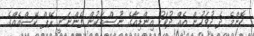
ކޮންމެ ދެ ދުވަހުން އެއް ދުވަހު އިންޑިއާގެ ނޫސްތަކުން ފެންނަނީ ރޭޕް ކޭސްއެއްގެ